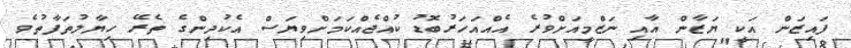
ފައިޒަން އަކީ ޔަޒާން އާއި ނަޒްމީއަށްވުރެ އެއްއަހަރުބޮޑު ކުއްޖެއްކަމަށްވިޔަސް އެކުދިންގެ ތެރޭ ހިޔާލުތަފާތުވެ